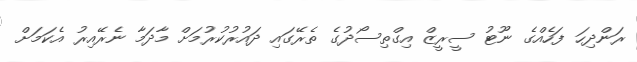
ރަންދިހަ ފަހެއްގެ ނޫޓު ސީރީޒް އިގްތިސޯދުގެ ތެރޭގައި ދައުރުކުރުމަށް މާދަމާ ނެރޭއިރު އެކަމަށް